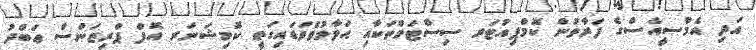
އަދި އެމްސީއެސްގެ ފަރާތުން ކޮމްޕިއުޓަރ ސިސްޓަމްތަކާއި ޙަވާލުވެވަޑައިގަތީ ކޮމިޝަނަރ އޮފް ޕްރިޒަންސް ޢަބްދު